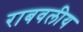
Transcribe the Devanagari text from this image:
राबवलीय